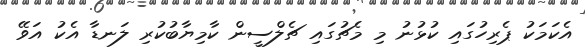
އެކަމަކު ޕެރިހުގައި ކުޅުނު މި މެޗުގައި ޗެލްސީން ކާމިޔާބުކުރި ލަނޑާ އެކު އަވޭ